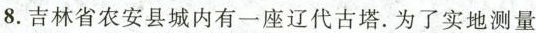
8.吉林省农安县城内有一座辽代古塔.为了实地测量